Civil Veterinary Dept. North-West Frontier Province 1933-46 - 1933-1946
Year: 1933
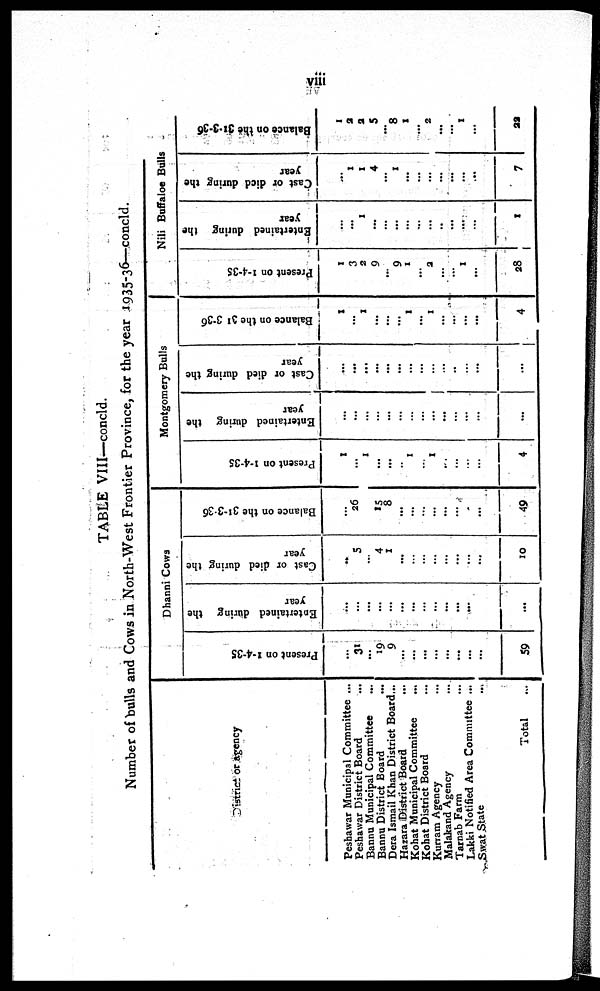
viii
TABLE VIII—concld.
Number of bulls and Cows in North-West Frontier Province, for the year 1935-36—concld.
District or agency
Peshawar Municipal Committee ...
Peshawar District Board
...
Bannu Municipal Committee ...
Bannu District Board
...
Dera Ismail Khan District Board...
Hazara District Board
Kohat Municipal Committee
...
Kohat District Board ...
Kurram Agency ...
Malakand Agency ...
Tarnab Farm ...
Lakki Notified Area Committee ...
Swat State...
Total ...
Dhanni Cows
Present on 1-4-35
31
...
19
9
...
...
...
...
...
...
...
...
59
Entertained during the
year
...
...
...
...
...
...
...
...
...
...
...
...
...
Cast or died during the
year
...
5
...
4
1
...
...
...
...
...
...
...
...
10
Balance on the 31-3-36
26
...
25
8
...
...
...
...
...
...
...
...
49
Montgomery Bulls
Present on 1-4-35
1
...
1
...
...
...
1
...
1
...
...
...
...
4
Entertained during the
year
...
...
...
...
...
...
...
...
1
...
...
...
...
Cast or died during the
year
...
...
...
...
...
...
...
...
...
...
...
...
...
Balance on the 31-3-36
1
...
1
...
...
...
1
...
1
...
...
...
...
4
Nili Buffaloe Bulls
Present on 1-4-35
1
3
2
9
...
9
1
...
2
...
...
1
...
28
Entertained during the
year
...
1
...
...
...
...
...
...
..
...
...
...
1
Cast or died during the
year
1
1
4
...
1
...
...
...
...
...
...
...
7
Balance on the 31-3-36
1
2
2
5
8
1
...
2
...
...
1
...
22